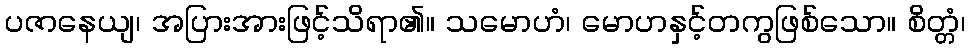
ပဇာနေယျ၊ အပြားအားဖြင့်သိရာ၏။ သမောဟံ၊ မောဟနှင့်တကွဖြစ်သော။ စိတ္တံ၊